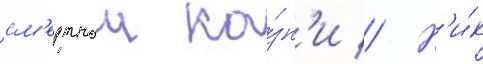
см'ертнои ка́зн'и // Н'и́к